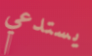
يستدعي